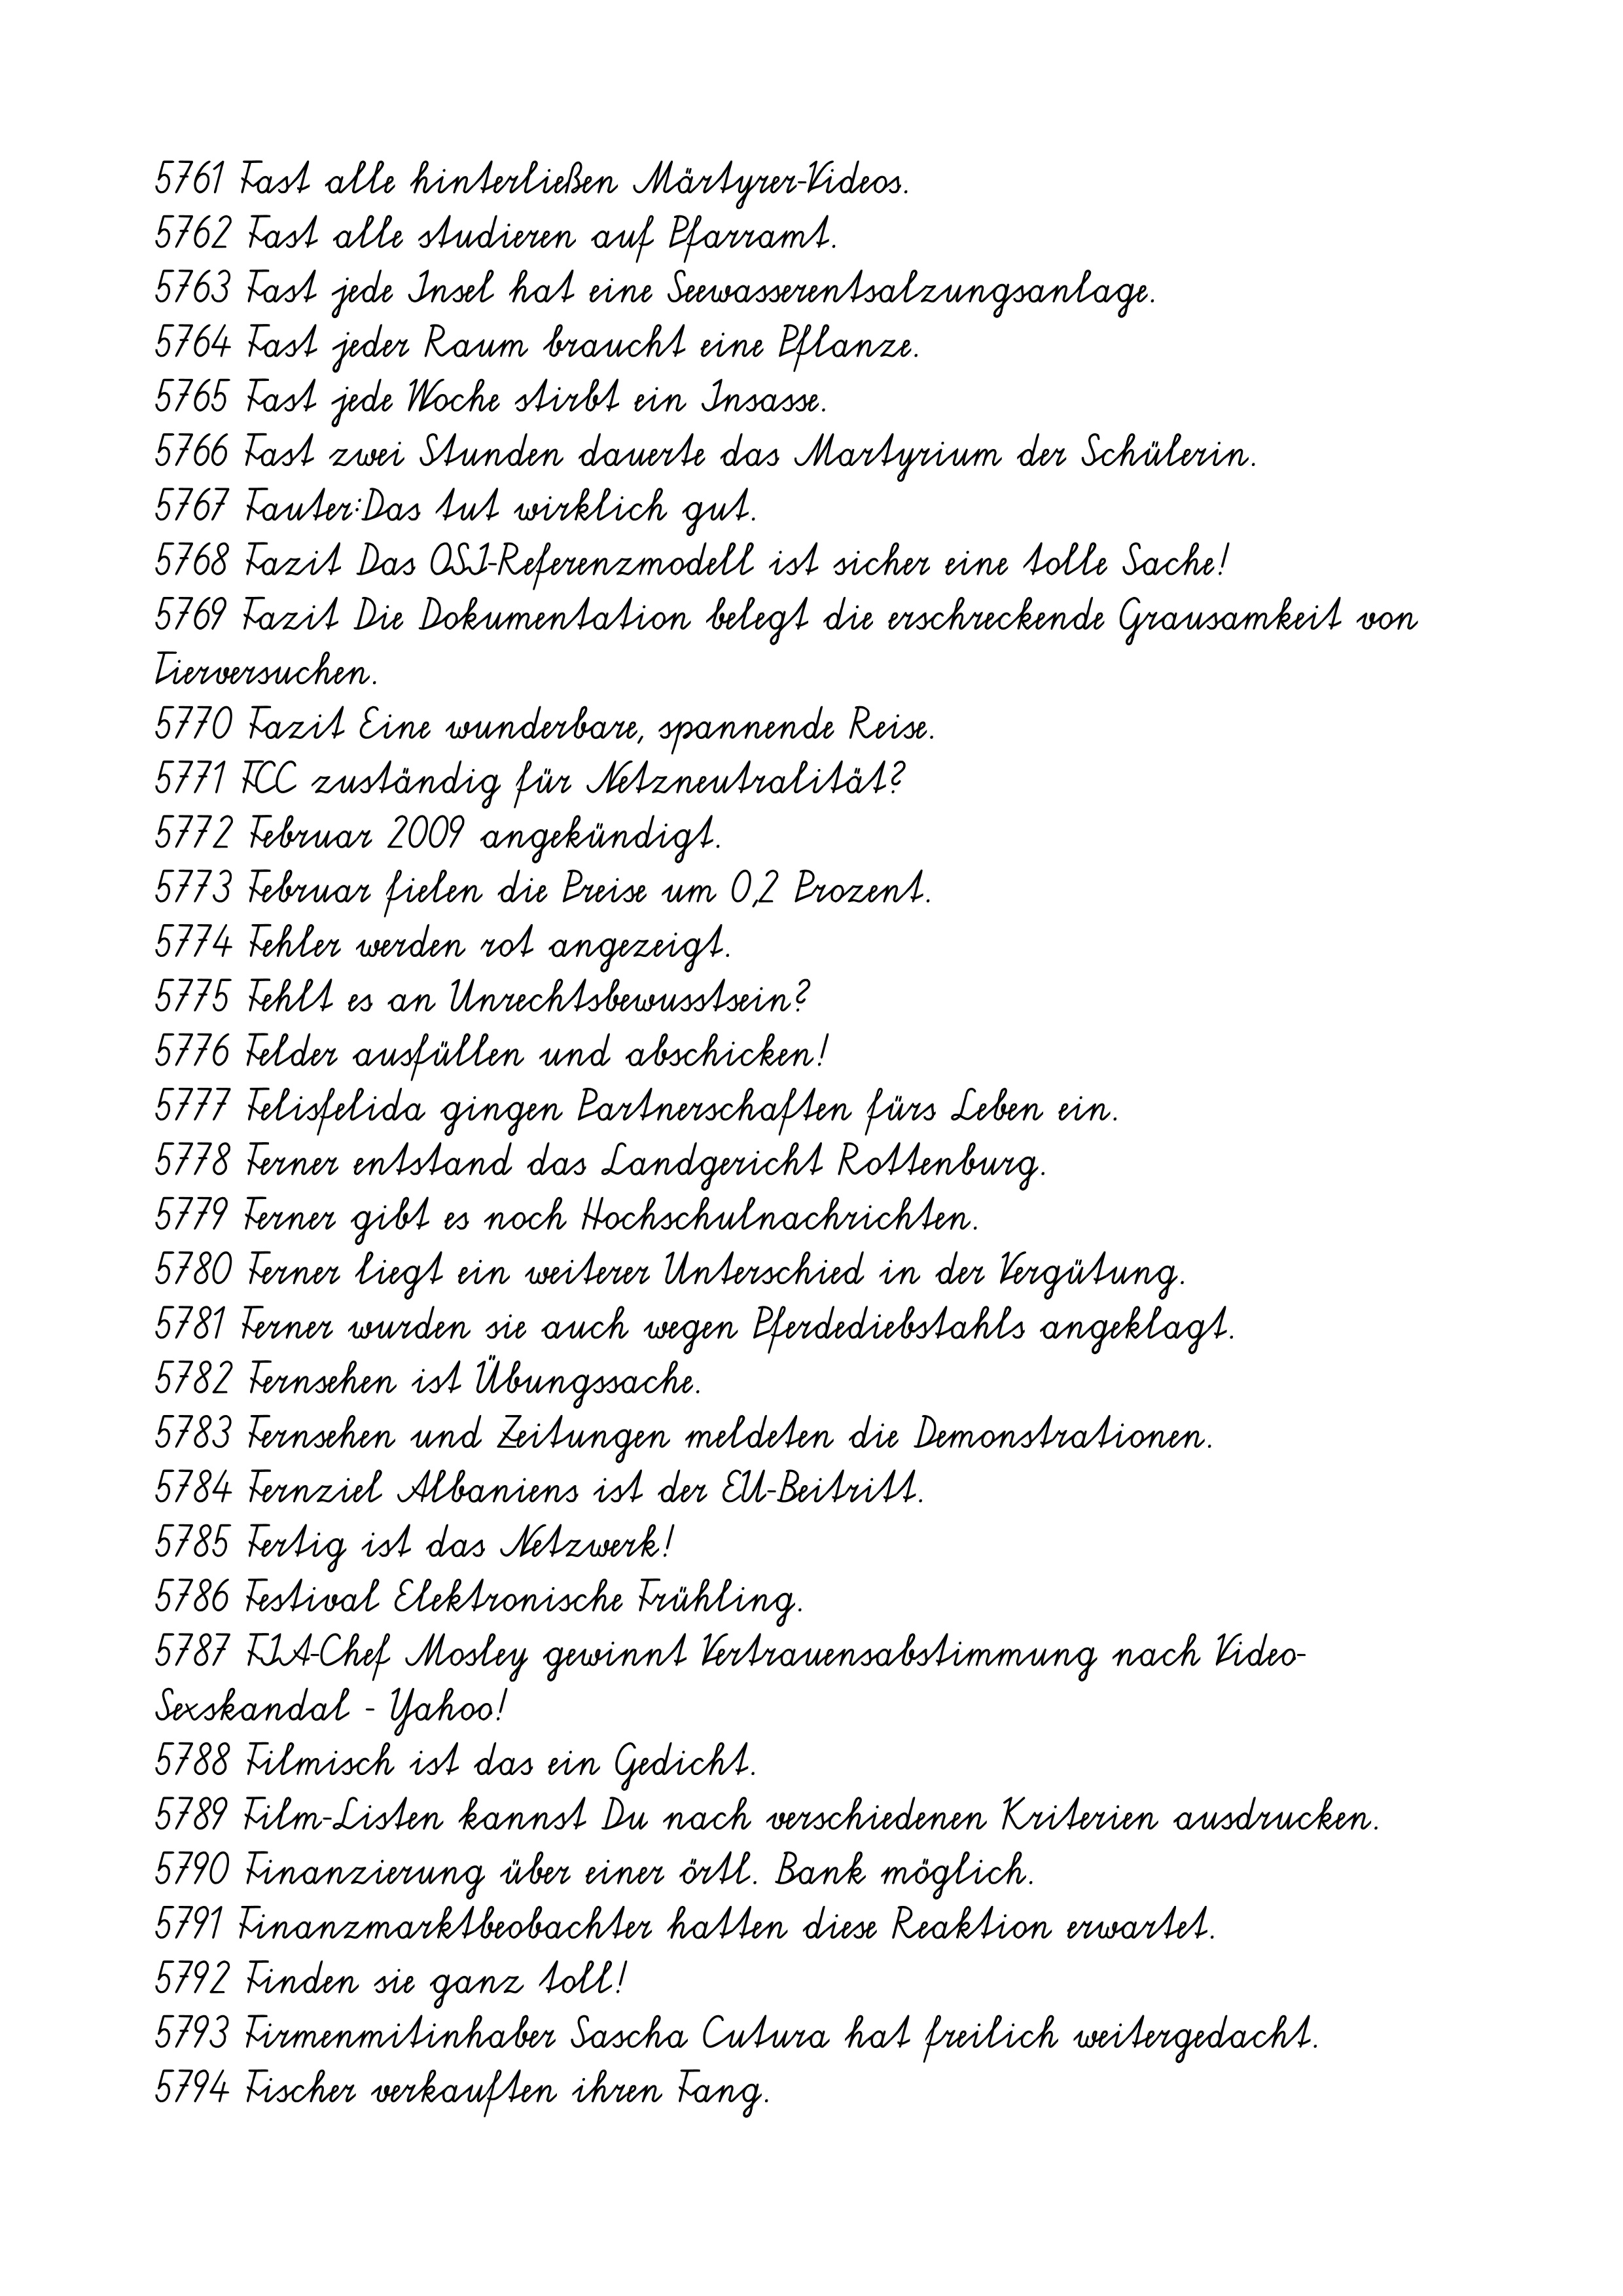
5761 Fast alle hinterließen Märtyrer-Videos.
5762 Fast alle studieren auf Pfarramt.
5763 Fast jede Insel hat eine Seewasserentsalzungsanlage.
5764 Fast jeder Raum braucht eine Pflanze.
5765 Fast jede Woche stirbt ein Insasse.
5766 Fast zwei Stunden dauerte das Martyrium der Schülerin.
5767 Fauter:Das tut wirklich gut.
5768 Fazit Das OSI-Referenzmodell ist sicher eine tolle Sache!
5769 Fazit Die Dokumentation belegt die erschreckende Grausamkeit von
Tierversuchen.
5770 Fazit Eine wunderbare, spannende Reise.
5771 FCC zuständig für Netzneutralität?
5772 Februar 2009 angekündigt.
5773 Februar fielen die Preise um 0,2 Prozent.
5774 Fehler werden rot angezeigt.
5775 Fehlt es an Unrechtsbewusstsein?
5776 Felder ausfüllen und abschicken!
5777 Felisfelida gingen Partnerschaften fürs Leben ein.
5778 Ferner entstand das Landgericht Rottenburg.
5779 Ferner gibt es noch Hochschulnachrichten.
5780 Ferner liegt ein weiterer Unterschied in der Vergütung.
5781 Ferner wurden sie auch wegen Pferdediebstahls angeklagt.
5782 Fernsehen ist Übungssache.
5783 Fernsehen und Zeitungen meldeten die Demonstrationen.
5784 Fernziel Albaniens ist der EU-Beitritt.
5785 Fertig ist das Netzwerk!
5786 Festival Elektronische Frühling.
5787 FIA-Chef Mosley gewinnt Vertrauensabstimmung nach Video-
Sexskandal - Yahoo!
5788 Filmisch ist das ein Gedicht.
5789 Film-Listen kannst Du nach verschiedenen Kriterien ausdrucken.
5790 Finanzierung über einer örtl. Bank möglich.
5791 Finanzmarktbeobachter hatten diese Reaktion erwartet.
5792 Finden sie ganz toll!
5793 Firmenmitinhaber Sascha Cutura hat freilich weitergedacht.
5794 Fischer verkauften ihren Fang.